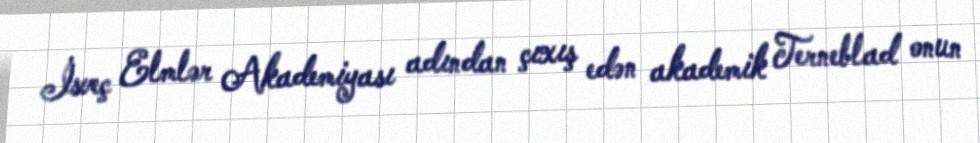
İsveç Elmlər Akademiyası adından çıxış edən akademik Terneblad onun